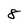
Character: 8